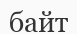
байт